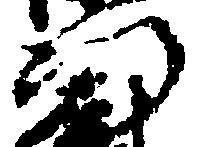
門